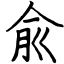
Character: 兪